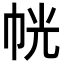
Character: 𭘜